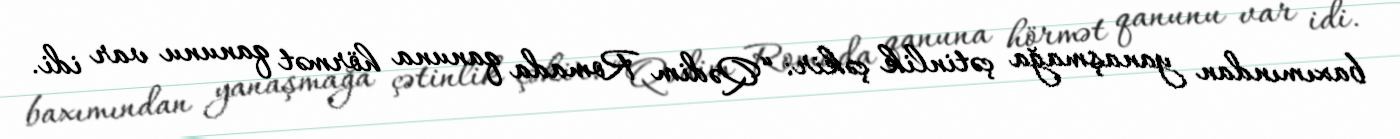
baxımından yanaşmağa çətinlik çəkir: “Qədim Romada qanuna hörmət qanunu var idi.